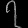
Digit: ၇